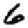
Digit: 6